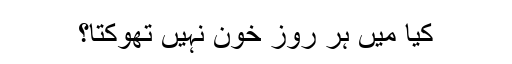
کیا میں ہر روز خون نہیں تھوکتا؟